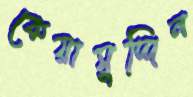
কেয়ামুদ্দিন